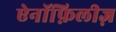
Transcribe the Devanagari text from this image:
ऐनॉफ़िलीज़